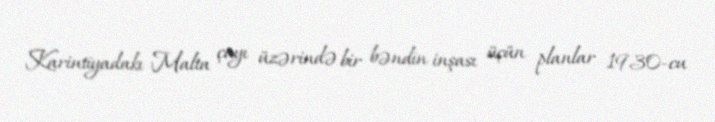
Karintiyadakı Malta çayı üzərində bir bəndin inşası üçün planlar 1930-cu